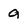
Character: 9